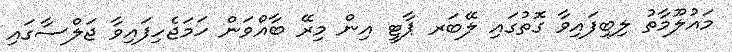
މައުލޫމާތު ލިބިފައިވާ ގޮތުގައި ލޭބަރ ޕާޓީ އިން މިރޭ ބާއްވަން ހަމަޖެހިފައިވާ ޖަލްސާގައި